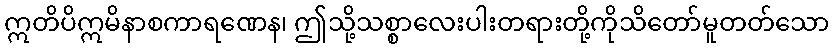
ဣတိပိဣမိနာစကာရဏေန၊ ဤသို့သစ္စာလေးပါးတရားတို့ကိုသိတော်မူတတ်သော